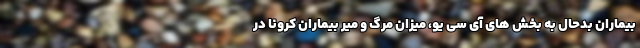
بیماران بدحال به بخش های آی سی یو، میزان مرگ و میر بیماران کرونا در